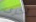
أخرى